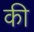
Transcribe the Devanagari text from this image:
की